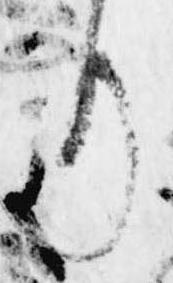
り